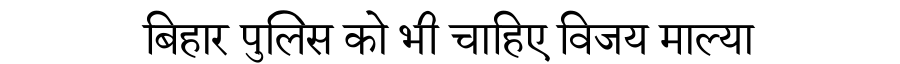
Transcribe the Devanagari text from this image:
बिहार पुलिस को भी चाहिए विजय माल्या